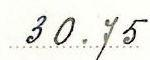
30.75